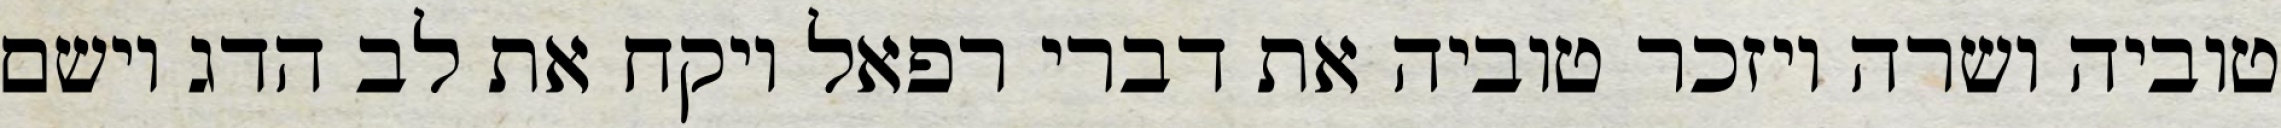
טוביה ושרה ויזכר טוביה את דברי רפאל ויקח את לב הדג וישם